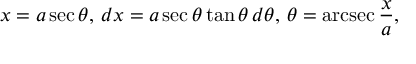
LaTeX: x = a \sec \theta , \, d x = a \sec \theta \tan \theta \, d \theta , \, \theta = \operatorname { a r c s e c } { \frac { x } { a } } ,